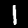
Label: 1